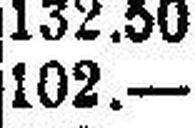
102.—